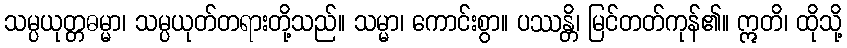
သမ္ပယုတ္တဓမ္မာ၊ သမ္ပယုတ်တရားတို့သည်။ သမ္မာ၊ ကောင်းစွာ။ ပဿန္တိ၊ မြင်တတ်ကုန်၏။ ဣတိ၊ ထိုသို့